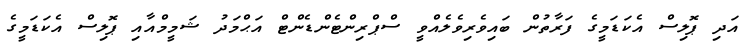
އަދި ޕޮލިސް އެކަޑަމީގެ ފަރާތުން ބައިވެރިވެލެއްވީ ސްޕްރިންޓެންޑެންޓް އަޙްމަދު ޝަމީމްއާއި ޕޮލިސް އެކަޑަމީގެ